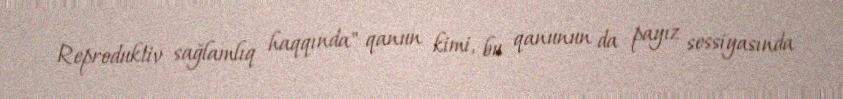
Reproduktiv sağlamlıq haqqında" qanun kimi, bu qanunun da payız sessiyasında